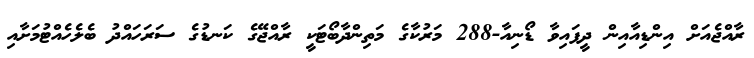
ރާއްޖެއަށް އިންޑިއާއިން ދީފައިވާ ޑޯނިއާ-288 މަރުކާގެ މަތިންދާބޯޓަކީ ރާއްޖޭގެ ކަނޑުގެ ސަރަހައްދު ބެލެހެއްޓުމަށާއި